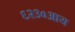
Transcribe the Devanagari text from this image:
६२३०आय